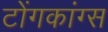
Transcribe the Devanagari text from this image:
टोंगकांग्स